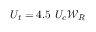
U _ { t } = 4 . 5 ~ U _ { c } { \mathcal { W } } _ { R }